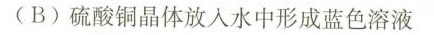
(B)硫酸铜晶体放入水中形成蓝色溶液